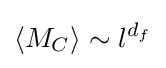
\left\langle M_{C}\right\rangle \sim l^{d_{f}}